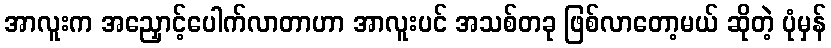
အာလူးက အညှောင့်ပေါက်လာတာဟာ အာလူးပင် အသစ်တခု ဖြစ်လာတော့မယ် ဆိုတဲ့ ပုံမှန်